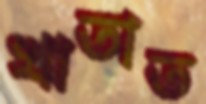
খাতাত